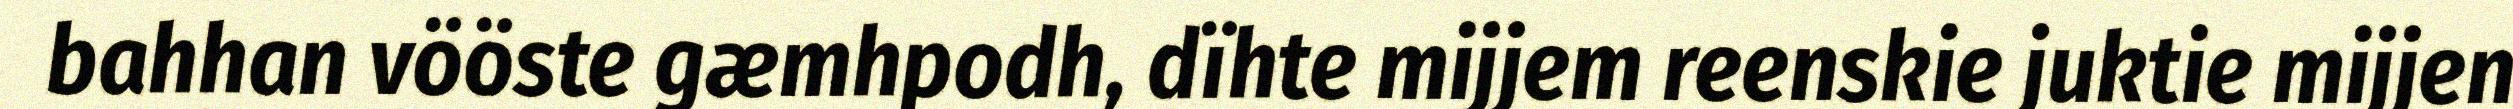
bahhan vööste gæmhpodh, dïhte mijjem reenskie juktie mijjen